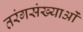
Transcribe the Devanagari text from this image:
तरंगसंख्याओं